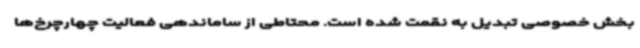
بخش خصوصی تبدیل به نقمت شده است. محتاطی از ساماندهی فعالیت چهارچرخ‌ها